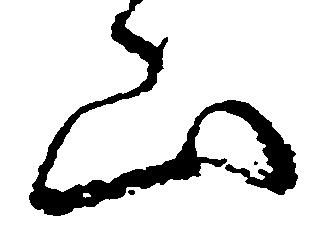
山